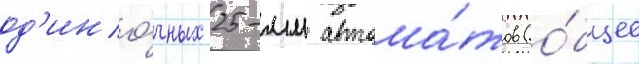
од'ино́чных 25-мм автома́тов (о́бщее